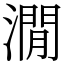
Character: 㵎